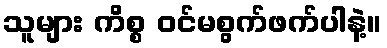
သူများ ကိစ္စ ဝင်မစွက်ဖက်ပါနဲ့။